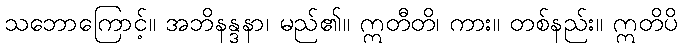
သဘောကြောင့်။ အဘိနန္ဒနာ၊ မည်၏။ ဣတီတိ၊ ကား။ တစ်နည်း။ ဣတိပိ